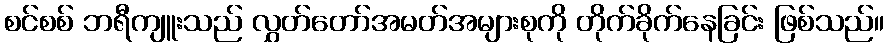
စင်စစ် ဘရီကျူးသည် လွှတ်တော်အမတ်အများစုကို တိုက်ခိုက်နေခြင်း ဖြစ်သည်။